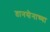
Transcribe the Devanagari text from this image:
तानसेनाच्या